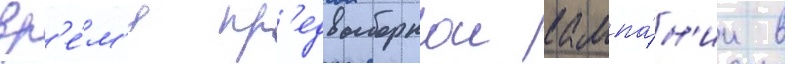
вр'е́м'я пр'едвыборнои кампа́н'ии в